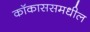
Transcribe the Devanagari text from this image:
कॉकाससमधील